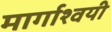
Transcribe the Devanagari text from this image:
मार्गाश्वयी